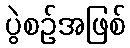
ပွဲစဉ်အဖြစ်